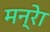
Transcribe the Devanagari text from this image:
मन्रेा